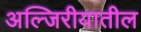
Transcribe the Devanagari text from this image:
अल्जिरीयातील